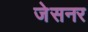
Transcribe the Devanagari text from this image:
जेसनर